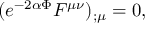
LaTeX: ( e ^ { - 2 \alpha \Phi } F ^ { \mu \nu } ) _ { ; \mu } = 0 ,